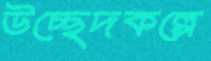
উচ্ছেদকল্পে